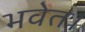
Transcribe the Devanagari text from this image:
भवेत।